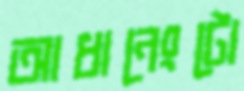
আধানেংটো